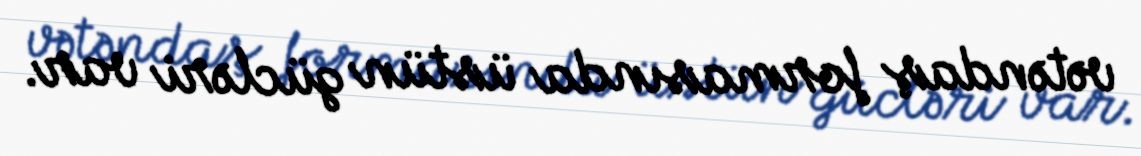
vətəndaş formasında üstün gücləri var.